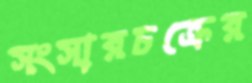
সংসারচক্রের